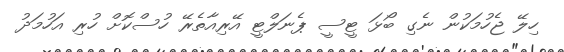
ހިލޭ ޖެހުމަކުން ނެގި ބޯޅަ ޓީސީ ޕެނަލްޓީ އޭރިއާތެރޭ ހުސްކޮށް ހުރި އަހުމަދު